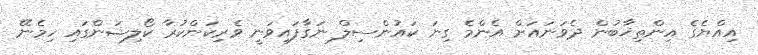
އިއްޔެގެ އިންތިޚާބުން ދެވަނައަށް އެންމެ ގިނަ ކައުންސިލް ނަގާފައިވަނީ ވެރިކަންކުރާ ކޯލިޝަންގައި ހިމެނޭ